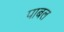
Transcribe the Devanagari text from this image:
पाबल